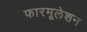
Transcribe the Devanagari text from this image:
फारमूलेशन